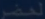
Transcribed